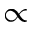
\propto